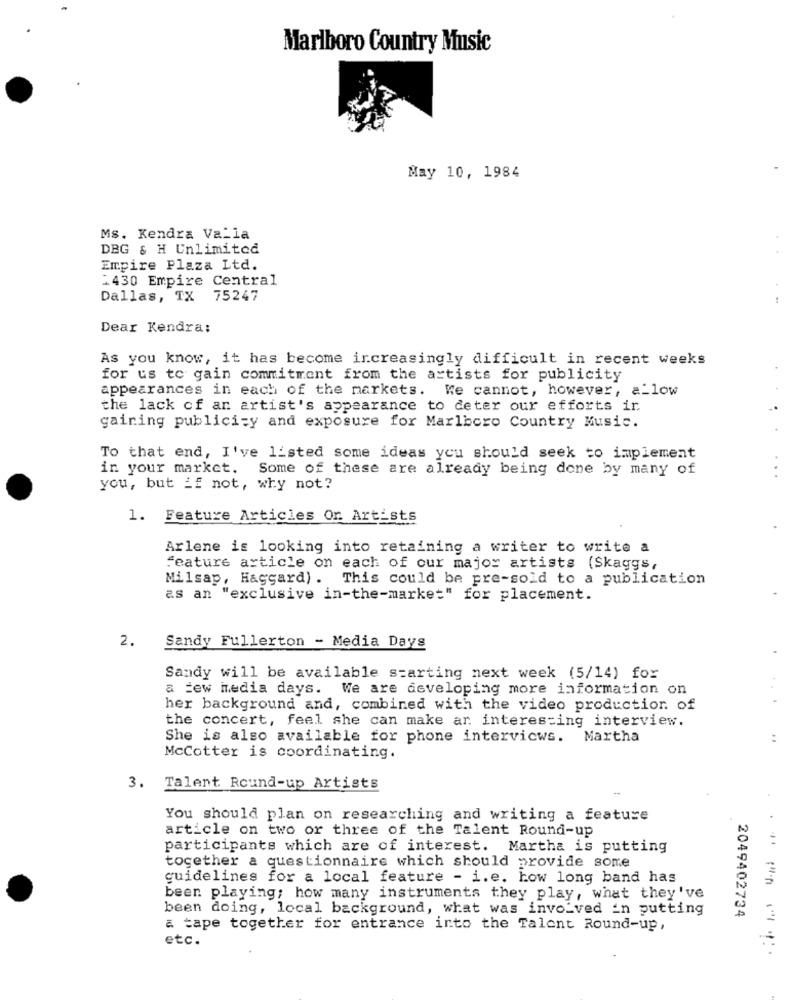
Marlboro Country Music
May 10, 1984
Ms. Kendra Va_la
DBG & H Unlimited
Empire Plaza Ltd.
1430 Empire Central
Dallas, TX
75247
Dear Kendra:
As you know, it has become increasingly difficult in recent weeks
for us to gain commitment from the artists for publicity
appearances in each of the markets. We cannot, however, a-low
the lack of an artist's appearance to deter our efforts ir
gaining publicity and exposure for Marlboro Country Music.
To that end, I've listed some ideas you should seek to implement
in your market. Some of these are already being done by many of
you, but if not, why not?
1. Feature Articles Or Artists
Arlene is looking into retaining a writer to write a
feature article on each of our major artists (Skaggs,
Milsap, Haggard). This could be pre-sold to a publication
as an "exclusive in-the-market" for placement.
2.
Sandy Fullerton - Media Days
Sandy will be available starting next week (5/14) for
a few media days. We are developing more information on
her background and, combined with the video production of
the concert, feel she can make ar interesting interview.
She is also available for phone interviews. Martha
McCotter is coordinating.
3. Talent Round-up Artists
You should plan on researching and writing a feature
article on two or three of the Talent Round-up
participants which are of interest. Martha is putting
together a questionnaire which should provide some
guidelines for a local feature - i.e. how long band has
been playing; how many instruments they play, what they've
been doing, local background, what was involved in putting
2049402734
a tape together for entrance into the Talent Round-up,
etc.